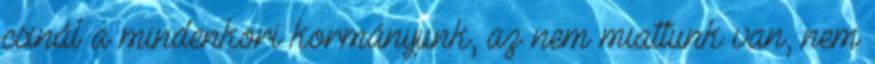
csinál a mindenkori kormányunk, az nem miattunk van, nem